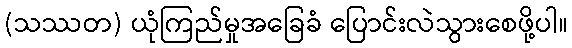
(သဿတ) ယုံကြည်မှုအခြေခံ ပြောင်းလဲသွားစေဖို့ပါ။